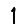
Digit: 1